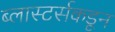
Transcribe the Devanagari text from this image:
ब्लास्टर्सकडून